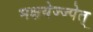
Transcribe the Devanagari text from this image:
भक्षयेज्ज्पेत्